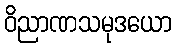
ဝိညာဏသမုဒယော